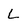
Character: L